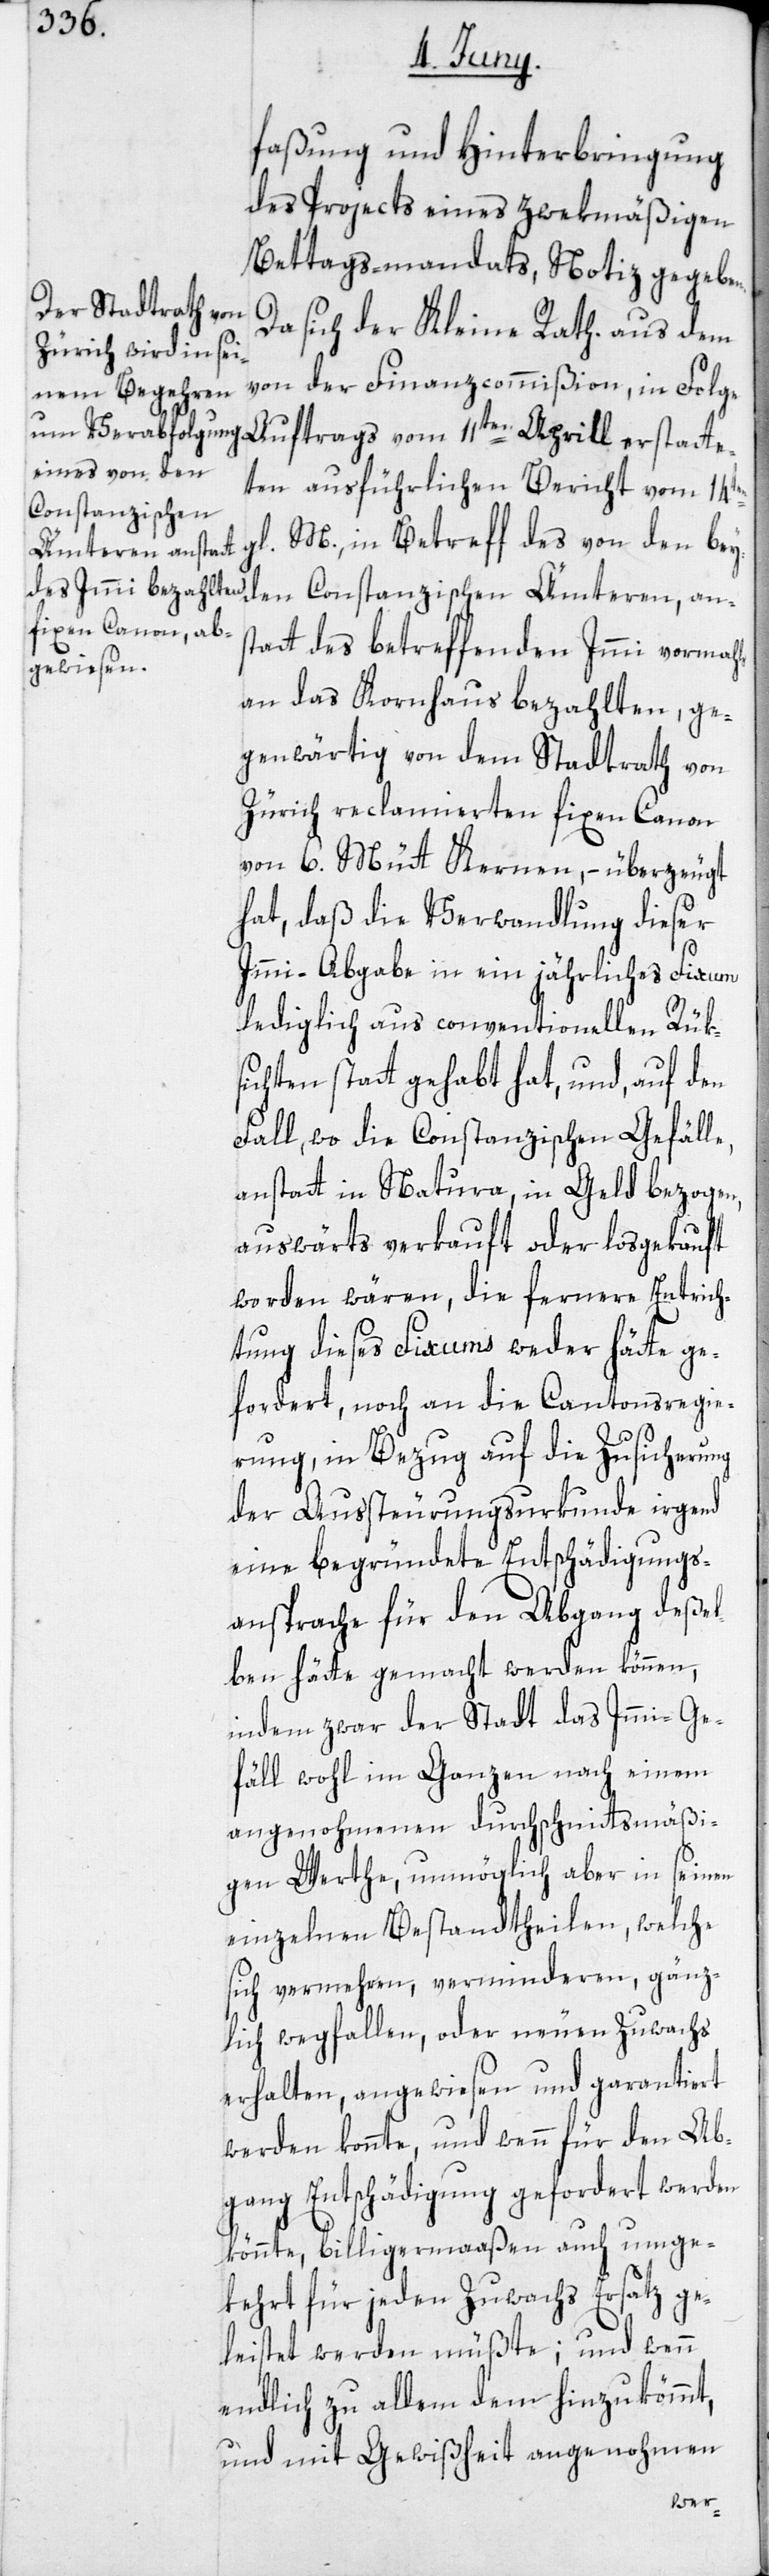
faßung und Hinterbringung
des Projects eines zwekmäßigen
Bettagsmandats, Notiz gegeben.
Da sich der Kleine Rath aus dem
von der Finanzcommißion, in Folge
Auftrags vom 11ten Aprill erstatte¬
ten ausführlichen Bericht vom 14ten
gl. M., in Betreff des von den bey¬
den Constanzischen Ämteren, an¬
statt des betreffenden Immi vormahls
an das Kornhaus bezahlten, ge¬
genwärtig von dem Stadtrath von
Zürich reclamierten fixen Canon
von 6. Mütt Kernen, – überzeugt
hat, daß die Verwandlung dieser
Immi-Abgabe in ein jährliches Fixum
lediglich aus conventionellen Rük¬
sichten statt gehabt hat, und auf den
Fall, wo die Constanzischen Gefälle,
anstatt in Natura, in Geld bezogen,
auswärts verkauft oder losgekauft
worden wären, die fernere Entrich¬
tung dieses Fixums weder hätte ge¬
fordert, noch an die Cantonsregie¬
rung in Bezug auf die Zusicherung
der Aussteurungsurkunde irgend
eine begründete Entschädigungs-A¬
nsprache für den Abgang deßel¬
ben hätte gemacht werden können,
indem zwar der Stadt das Immi-Ge¬
fäll wohl im ganzen nach einem
angenohmenen durchschnittsmäßi¬
gen Werthe, unmöglich aber in seinen
einzelnen Bestandtheilen, welche
sich vermehren, verminderen, gänz¬
lich wegfallen, oder neuen Zuwachs
erhalten, angewiesen und garantiert
werden konnte, und wenn für den Ab¬
gang Entschädigung gefordert werden
könnte, billigermaaßen auch umge¬
kehrt für jeden Zuwachs Ersatz ge¬
leistet werden müßte; und wenn
endlich zu allem dem hinzukömmt,
und mit Gewißheit angenohmen